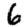
Digit: 6